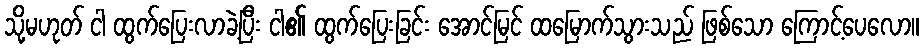
သို့မဟုတ် ငါ ထွက်ပြေးလာခဲ့ပြီး ငါ၏ ထွက်ပြေးခြင်း အောင်မြင် ထမြောက်သွားသည် ဖြစ်သော ကြောင့်ပေလော။